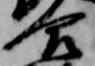
合